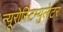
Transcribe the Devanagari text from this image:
न्यूरोस्टिम्युलेटर